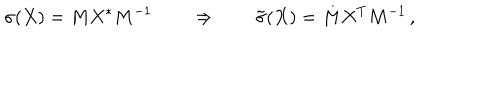
\sigma ( X ) = M X ^ { * } M ^ { - 1 } \qquad \Rightarrow \qquad \tilde { \sigma } ( X ) = M X ^ { T } M ^ { - 1 } \, ,